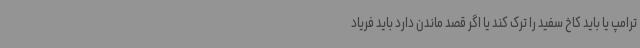
ترامپ یا باید کاخ سفید را ترک کند یا اگر قصد ماندن دارد باید فریاد